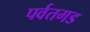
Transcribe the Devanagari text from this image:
पर्वतगड